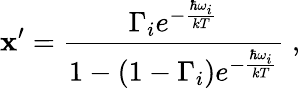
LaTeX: \mathbf{x}^{\prime}=\frac{{\Gamma_{i}e^{-{\frac{{\hbar\omega_{i}}}{{kT}}}}}}{{1-\left(1-\Gamma_{i}\right)e^{-{\frac{{\hbar\omega_{i}}}{{kT}}}}}}\; ,